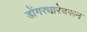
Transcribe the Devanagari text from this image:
डोंगरधारेवरून